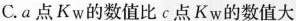
C.a点Kw的数值比c点Kw的数值大